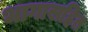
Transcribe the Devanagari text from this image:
भागासहित